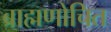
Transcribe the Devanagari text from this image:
ब्राह्मणोचित